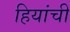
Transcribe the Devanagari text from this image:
हियांची